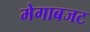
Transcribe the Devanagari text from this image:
मेगाबजट